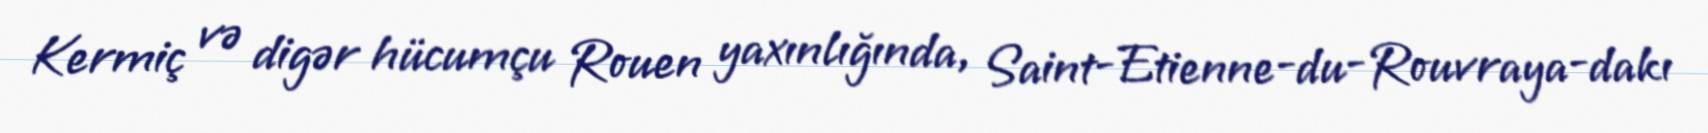
Kermiç və digər hücumçu Rouen yaxınlığında, Saint-Etienne-du-Rouvraya-dakı